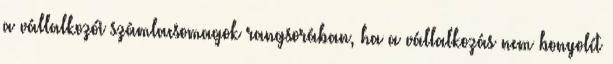
a vállalkozói számlacsomagok rangsorában, ha a vállalkozás nem bonyolít